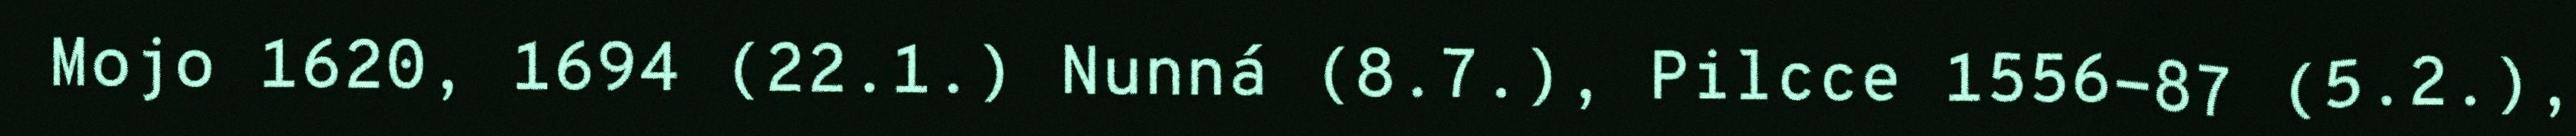
Mojo 1620, 1694 (22.1.) Nunná (8.7.), Pilcce 1556-87 (5.2.),